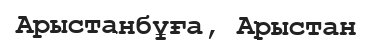
Арыстанбұға, Арыстан